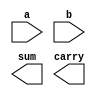
module ha(a,b,sum,carry);
input a,b;
output sum,carry;


endmodule

module fa_ha(a,b,c,sum,carry);
input a,b,c;
output sum,carry;


endmodule

module multi_4(a,b,p,carry);
input[3:0]a,b;
output [6:0]p;
output carry;
wire [17:1]w;




endmodule